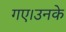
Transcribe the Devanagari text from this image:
गए।उनके